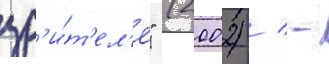
зр'и́т'ел'я" (2002) / -